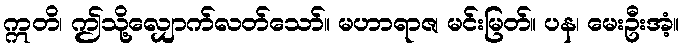
ဣတိ၊ ဤသို့လျှောက်လတ်သော်။ မဟာရာဇ၊ မင်းမြတ်။ ပန၊ မေးဦးအံ့။